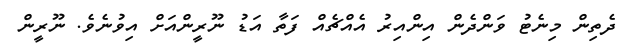
ދެތިން މިނެޓު ވަންދެން އިންއިރު އެއްޗެއް ފަތާ އަޑު ނޫރީންއަށް އިވުނެވެ. ނޫރީން